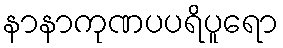
နာနာကုဏပပရိပူရော